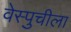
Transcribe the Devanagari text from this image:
वेस्पुचीला